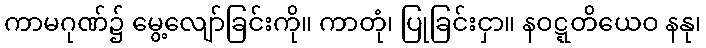
ကာမဂုဏ်၌ မွေ့လျော်ခြင်းကို။ ကာတုံ၊ ပြုခြင်းငှာ။ နဝဋ္ဋတိယေဝ နနု၊